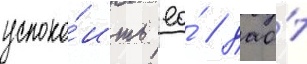
успоко́ить ео́ / дао́т